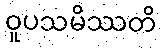
ဝူပသမိဿတိ